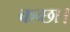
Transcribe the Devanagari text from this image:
कच्छा।